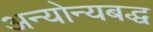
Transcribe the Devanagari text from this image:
अन्योन्यबद्ध